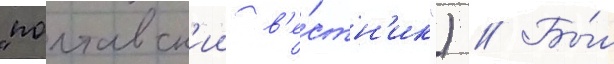
"полтавск'ии в'е́стн'ик") // Бы́л